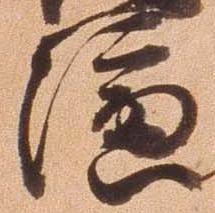
演